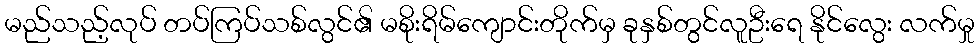
မည်သည့်လုပ် တပ်ကြပ်သစ်လွင်၏ မစိုးရိမ်ကျောင်းတိုက်မှ ခုနှစ်တွင်လူဦးရေ နိုင်လွေး လက်မှု